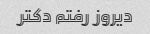
دیروز رفتم دکتر